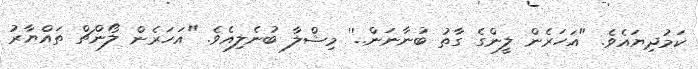
ކަމުދިޔައެވެ. "އަހަރެން ލީންގެ ގާތު ބުނާނަން..'' މިޝްލާ ބުނެލިއެވެ. "އަހަރެން ލޯންޗް ތައްޔާރު